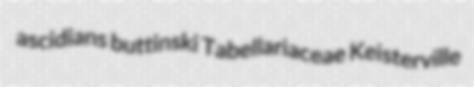
ascidians buttinski Tabellariaceae Keisterville